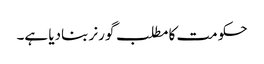
حکومت کا مطلب گورنر بنادیا ہے۔